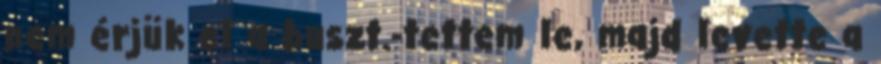
nem érjük el a buszt.-tettem le, majd levette a